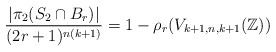
\begin{align*} \dfrac{ | \pi_{2}( S_{2} \cap B_r) | }{(2r+1)^{n(k+1)}} = 1 - \rho_{r}(V_{k+1, n, k+1}(\mathbb{Z}))\end{align*}